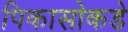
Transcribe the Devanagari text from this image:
पिकासोकडे